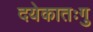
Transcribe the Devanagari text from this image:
दयेकातःगु